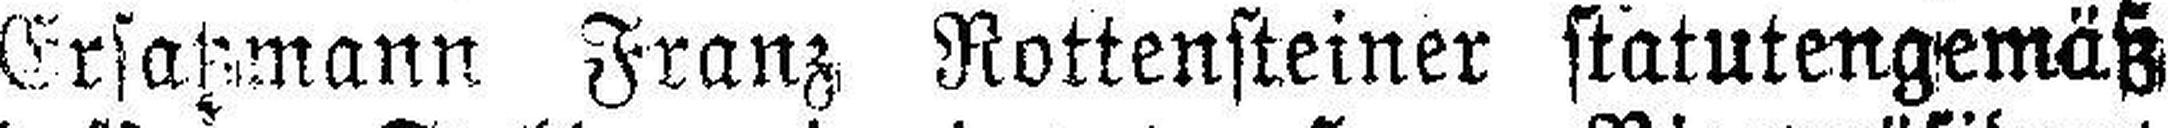
Ersatzmann Franz Rottensteiner statutengemäß